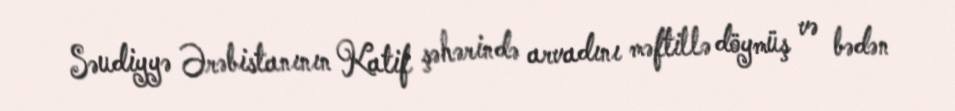
Səudiyyə Ərəbistanının Katif şəhərində arvadını məftillə döymüş və bədən